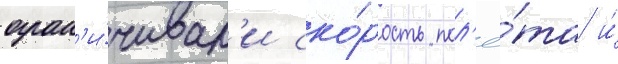
огран'и́чивал'и ско́рость пол'ё́та и́